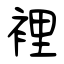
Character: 裡